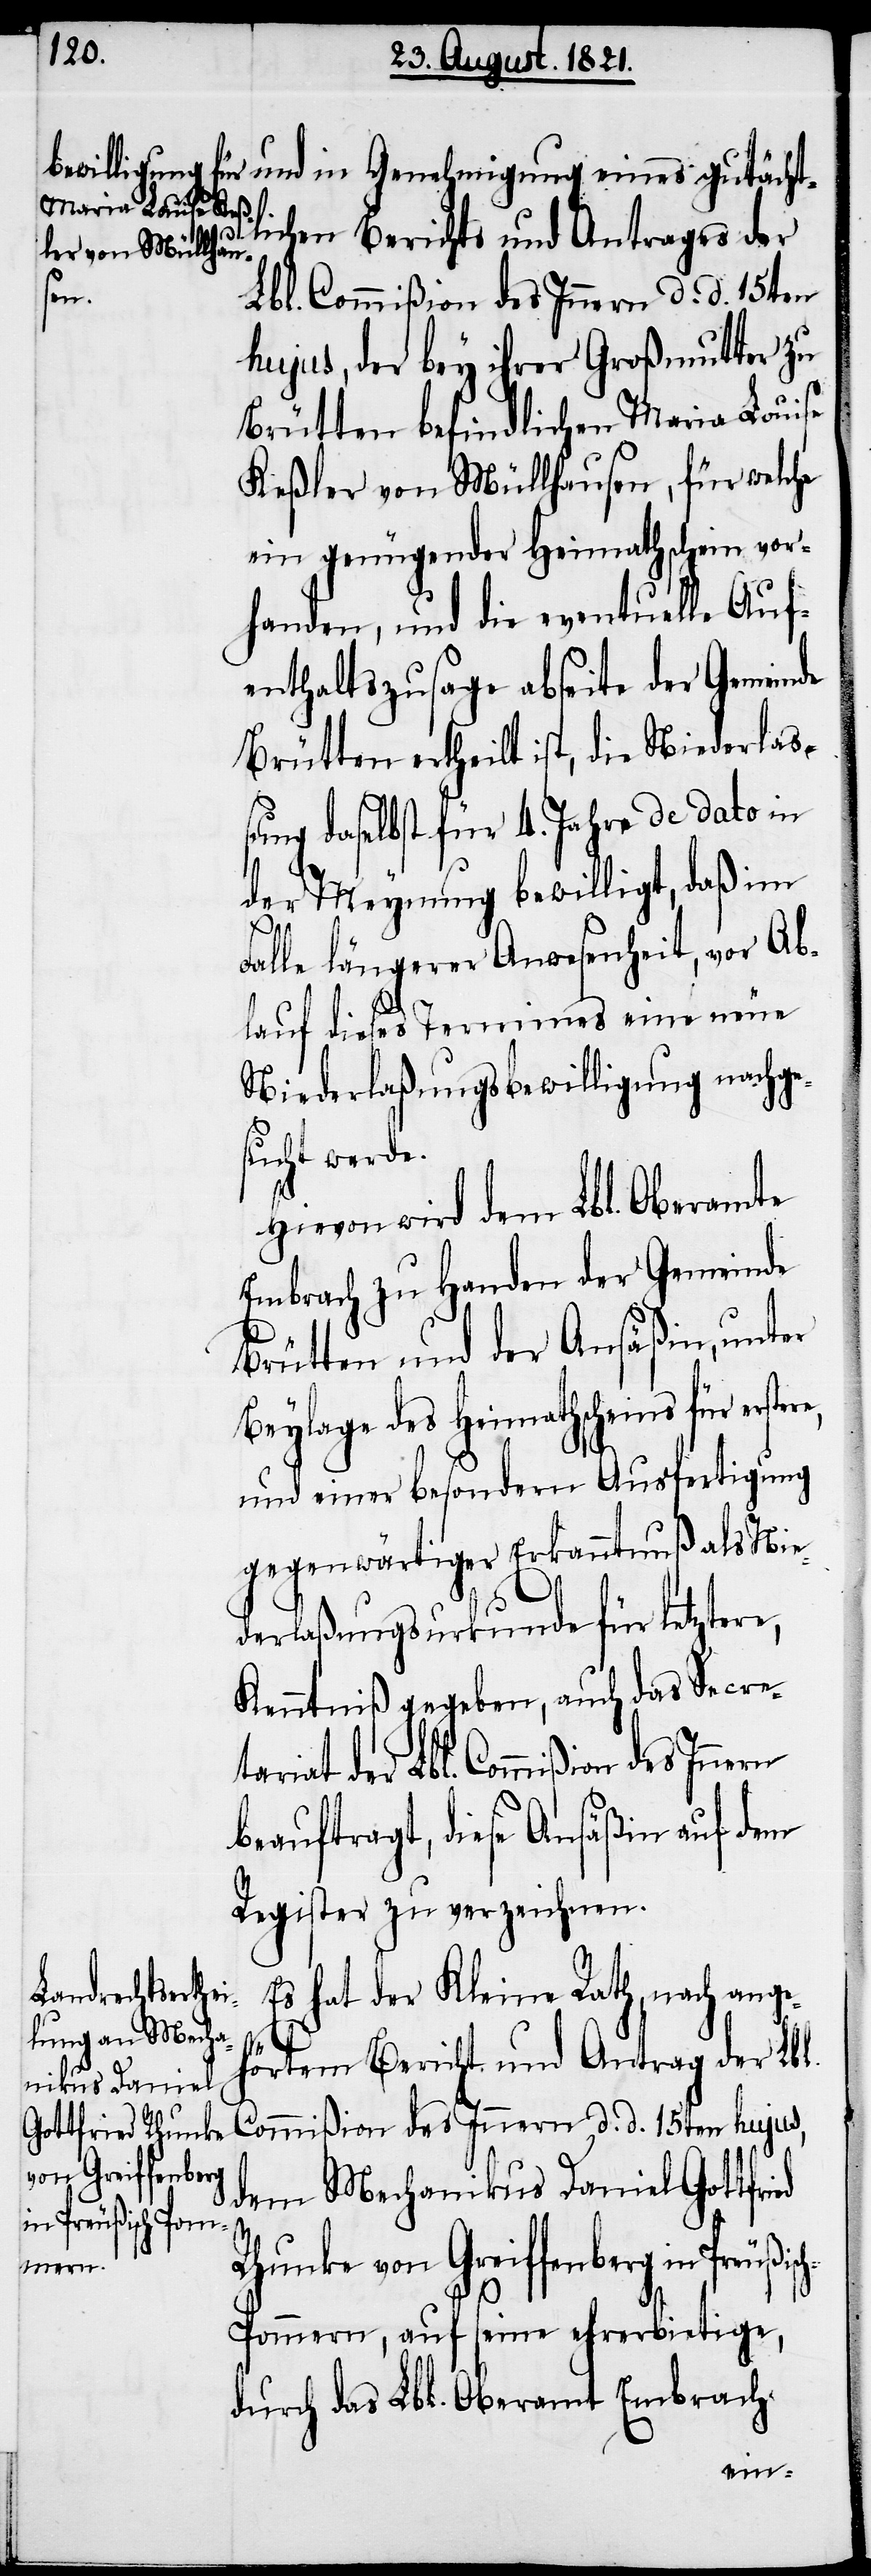
tächtlichen Berichts und Antrages der
Lbl. Commißion des Innern d. d. 15ten
hujus, der bey ihrer Großmutter zu
Brütten befindlichen Maria Louise
Keßler von Müllhausen, für welche
ein genügender Heimathschein vor¬
handen, und die eventuelle Auf¬
enthaltszusage abseite der Gemeinde
Brütten ertheilt ist, die Niederlaß¬
ung daselbst für 4. Jahre de dato in
der Meynung bewilligt, daß im
Falle längerer Anwesenheit, vor Ab¬
lauf dieses Termines eine neue
Niederlaßungsbewilligung nachge¬
sucht werde.
Hievon wird dem Lbl. Oberamte
Embrach zu Handen der Gemeinde
Brütten und der Ansäßin, unter
Beylage des Heimathscheins für erst¬
und einer besondern Ausfertigung
gegenwärtiger Erkanntnuß als Nie¬
derlaßungsurkunde für letztere,
Kenntniß gegeben, auch das Secre¬
tariat der Lbl. Commißion des Innern
beauftragt, diese Ansäßin auf dem
Register zu verzeichnen.
Es hat der Kleine Rath, nach ange¬
ere,
hörtem Bericht und Antrag der Lbl.
Commißion des Innern d. d. 15ten hujus,
Gottfried Rhunke
von Greiffenberg
dem Mechanikus Daniel
in Preußisch-Pom¬
und in Genehmigung eines
mern, auf seine ehrerbietige,
durch das Lbl. Oberamt Embrach